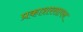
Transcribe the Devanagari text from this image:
प्रकाशरसायन